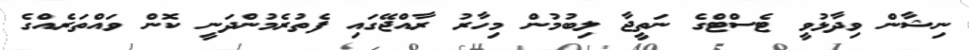
ނިޝާން ވިދާޅުވީ ޓެސްޓްގެ ނަތީޖާ ލިބުމުން މިހާރު ރާއްޖޭގައި ފެތުރެމުންދަނީ ކޮން ވައްތަރެއްގެ